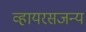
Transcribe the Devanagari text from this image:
व्हायरसजन्य